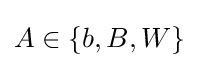
A\in \left\{b,B,W\right\}